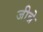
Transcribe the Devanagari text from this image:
जीन्ने